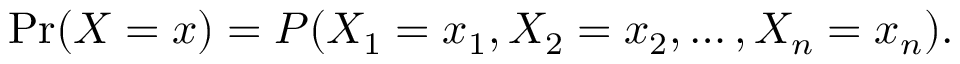
\operatorname* { P r } ( X = x ) = P ( X _ { 1 } = x _ { 1 } , X _ { 2 } = x _ { 2 } , \ldots , X _ { n } = x _ { n } ) .